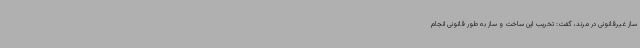
ساز غیرقانونی در مرند، گفت: تخریب این ساخت و ساز به طور قانونی انجام